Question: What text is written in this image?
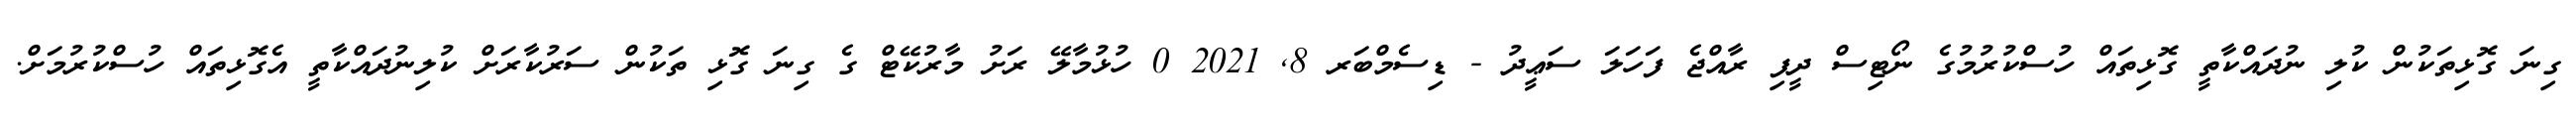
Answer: ގިނަ ގޮޅިތަކުން ކުލި ނުދައްކާތީ ގޮޅިތައް ހުސްކުރުމުގެ ނޯޓިސް ދީފި ރާއްޖެ ފަހަލަ ސަޢީދު - ޑިސެމްބަރ 8, 2021 0 ހުޅުމާލޭ ރަށު މާރުކޭޓް ގެ ގިނަ ގޮޅި ތަކުން ސަރުކާރަށް ކުލިނުދައްކާތީ އެގޮޅިތައް ހުސްކުރުމަށް.